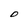
Character: O